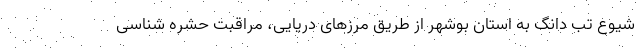
شیوع تب دانگ به استان بوشهر از طریق مرزهای دریایی، مراقبت حشره شناسی